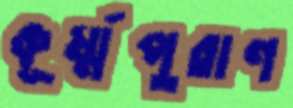
কূর্ম্মপুরাণ